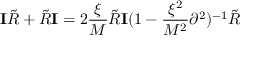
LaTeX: { \mathbf I } { \tilde { R } } + { \tilde { R } } { \mathbf I } = 2 \frac { \xi } { M } { \tilde { R } } { \mathbf I } ( 1 - \frac { \xi ^ { 2 } } { M ^ { 2 } } \partial ^ { 2 } ) ^ { - 1 } { \tilde { R } }